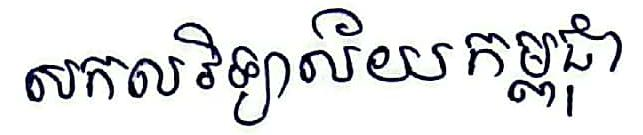
សកលវិទ្យាល័យកម្ពុជា